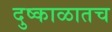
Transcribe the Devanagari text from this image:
दुष्काळातच